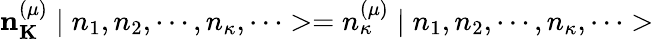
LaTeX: {\mathbf n}_{\mathbf K}^{(\mu)}\mid n_{1},n_{2},\cdots,n_{\kappa},\cdots>=n_{\kappa}^{(\mu)}\mid n_{1},n_{2},\cdots,n_{\kappa},\cdots>